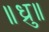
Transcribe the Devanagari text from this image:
॥ध्रु॥